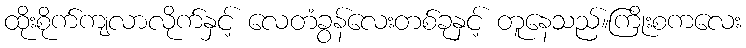
ထိုးစိုက်ကျလာလိုက်နှင့် လေတံခွန်လေးတစ်ခုနှင့် တူနေသည်။ကြိုးစကလေး